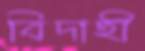
বিদাহী